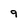
Character: 9